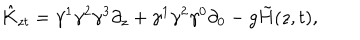
\hat { K } _ { z t } = \gamma ^ { 1 } \gamma ^ { 2 } \gamma ^ { 3 } \partial _ { z } + \gamma ^ { 1 } \gamma ^ { 2 } \gamma ^ { 0 } \partial _ { 0 } - g \tilde { H } ( z , t ) ,